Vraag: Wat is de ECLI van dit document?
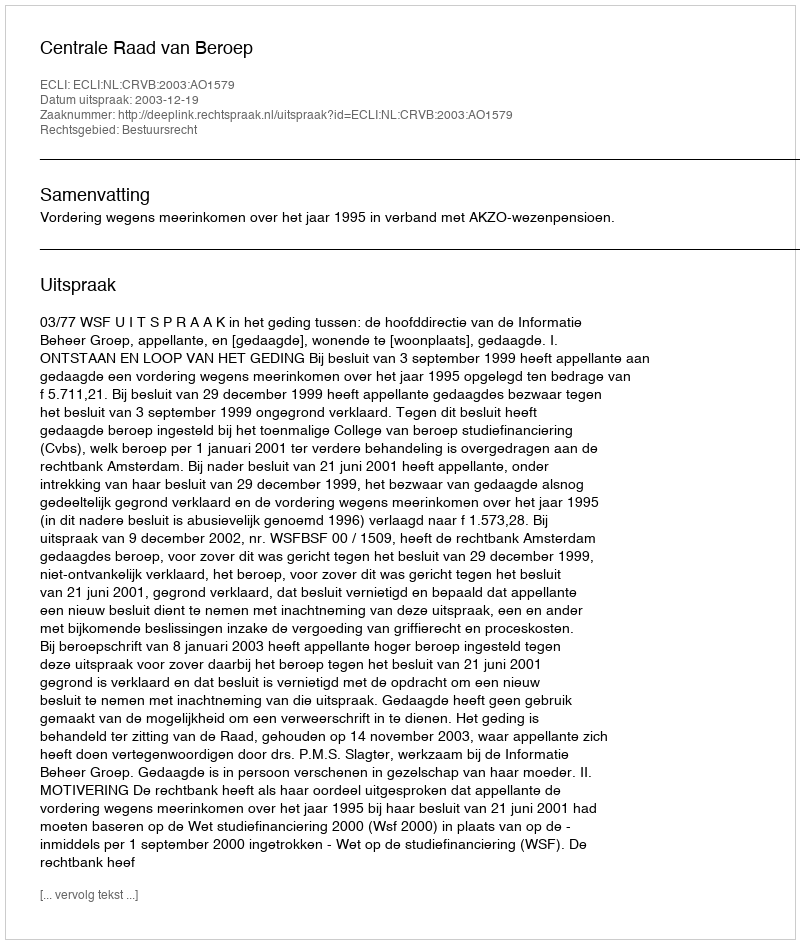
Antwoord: ECLI:NL:CRVB:2003:AO1579